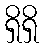
ရှိရှိ